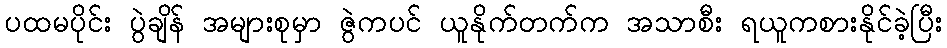
ပထမပိုင်း ပွဲချိန် အများစုမှာ ဇွဲကပင် ယူနိုက်တက်က အသာစီး ရယူကစားနိုင်ခဲ့ပြီး